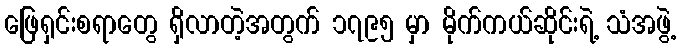
ဖြေရှင်းစရာတွေ ရှိလာတဲ့အတွက် ၁၇၉၅ မှာ မိုက်ကယ်ဆိုင်းရဲ့ သံအဖွဲ့